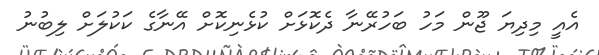
އެއީ މިދިޔަ ޖޫން މަހު ބަހުރޭނާ ދެކޮޅަށް ކުޅެނިކޮށް އޭނާގެ ކަކުލަށް ލިބުނު